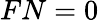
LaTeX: FN=0